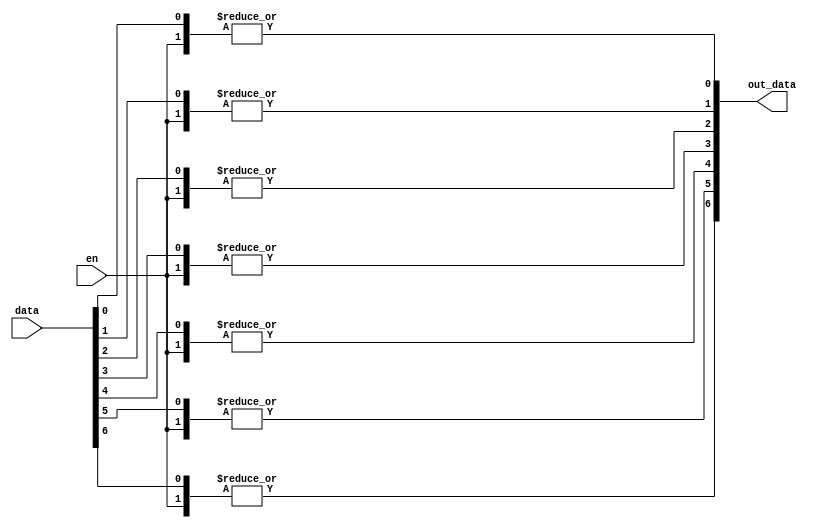
module seven_bit_or(
    input [6:0] data,
    input en,
    output [6:0] out_data
);

genvar i;

generate
    for (i = 0; i < 7; i = i + 1) 
    begin :sevenor
        assign out_data[i] = |{data[i], en};
    end
endgenerate

endmodule